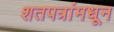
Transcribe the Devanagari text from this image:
शतपत्रांमधून